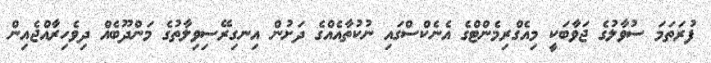
ފުރަތަމަ ސުވާލުގެ ޖަވާބަކީ މިއެގްރިމެންޓްގެ އެނެކްސްގައި ނުކުތާއެއްގެ ދަށުން އިނގިރޭސިވިލާތުގެ މަންދޫބެއް ދިވެހިރާއްޖެއިން